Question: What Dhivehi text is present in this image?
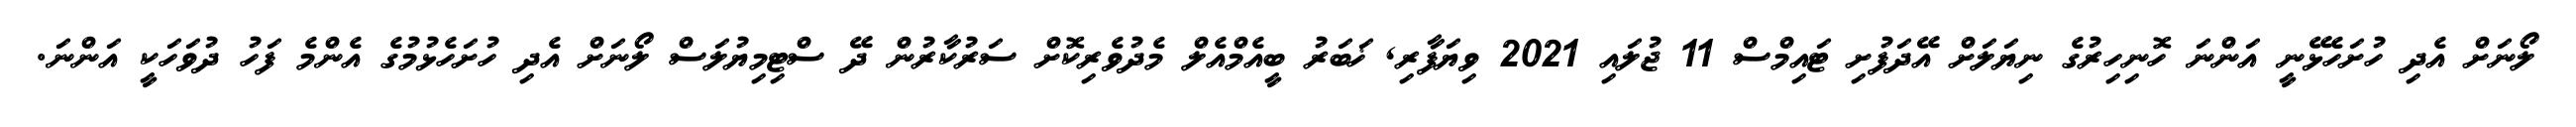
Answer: ލޯނަށް އެދި ހުށަހެޅޭނީ އަންނަ ހޮނިހިރުގެ ނިޔަލަށް އޭދަފުށި ޓައިމްސް 11 ޖުލައި 2021 ވިޔަފާރި, ޚަބަރު ބީއެމްއެލް މެދުވެރިކޮށް ސަރުކާރުން ދޭ ސްޓިމިޔުލަސް ލޯނަށް އެދި ހުށަހެޅުމުގެ އެންމެ ފަހު ދުވަހަކީ އަންނަ.